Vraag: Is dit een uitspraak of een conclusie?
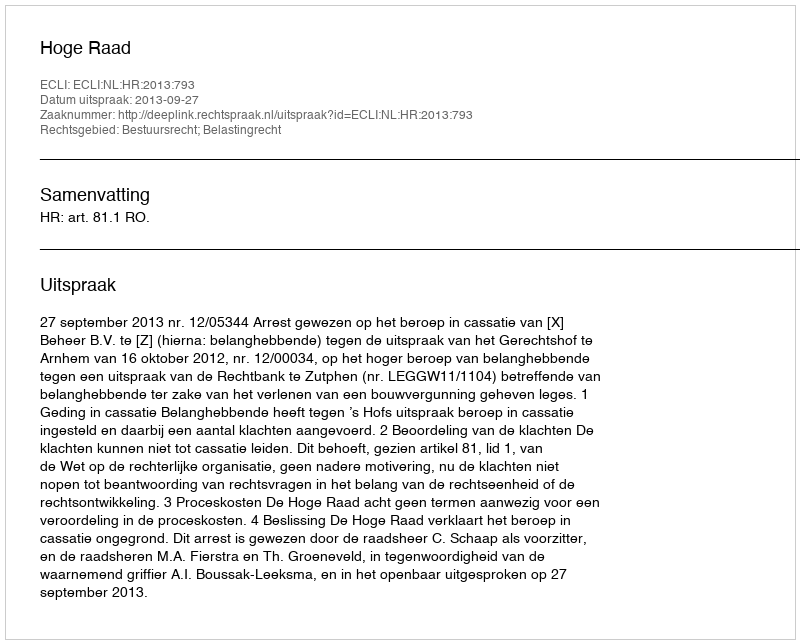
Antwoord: Uitspraak